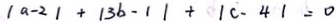
\vert a - 2 \vert + \vert 3 b - 1 \vert + \vert c - 4 \vert = 0